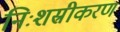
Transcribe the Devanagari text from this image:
निःशस्रीकरण